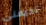
تخيفنى